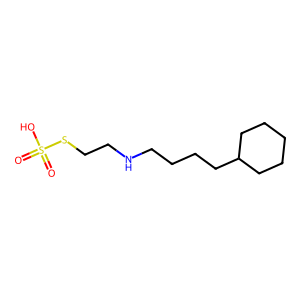
SMILES: O=S(=O)(O)SCCNCCCCC1CCCCC1
Inhibits HIV replication: No